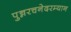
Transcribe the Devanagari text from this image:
पुन्नरचनेदरम्यान